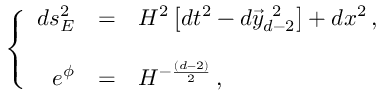
\left\{ \begin{array} { r c l } { { d s _ { E } ^ { 2 } } } & { { = } } & { { H ^ { 2 } \left[ d t ^ { 2 } - d \vec { y } _ { d - 2 } ^ { \ 2 } \right] + d x ^ { 2 } \, , } } \\ { { } } & { { } } & { { } } \\ { { e ^ { \phi } } } & { { = } } & { { H ^ { - \frac { ( d - 2 ) } { 2 } } \, , } } \end{array} \right.